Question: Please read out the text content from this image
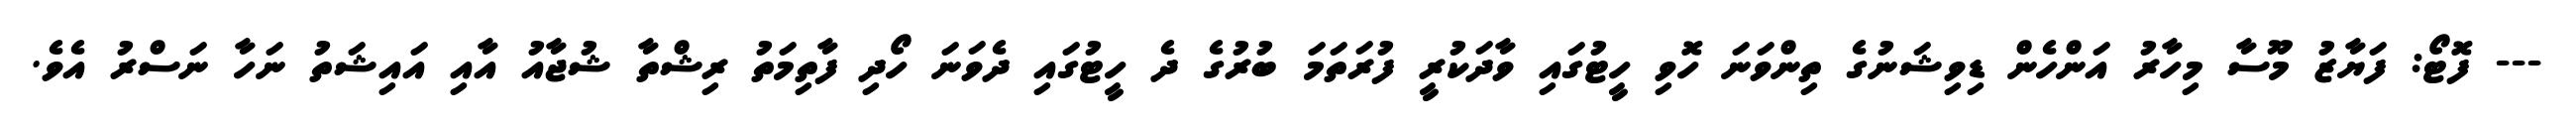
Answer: --- ފޮޓޯ: ފަޔާޒު މޫސާ މިހާރު އަންހެން ޑިވިޝަނުގެ ތިންވަނަ ހޮވި ހީޓުގައި ވާދަކުރީ ފުރަތަމަ ބުރުގެ ދެ ހީޓުގައި ދެވަނަ ހޯދި ފާތިމަތު ރިޝްތާ ޝުޖާއު އާއި އައިޝަތު ނަހާ ނަސްރު އެވެ.